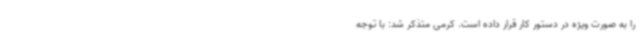
را به صورت ویژه در دستور کار قرار داده است. کرمی متذکر شد: با توجه